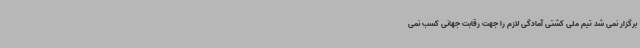
برگزار نمی شد تیم ملی کشتی آمادگی لازم را جهت رقابت جهانی کسب نمی